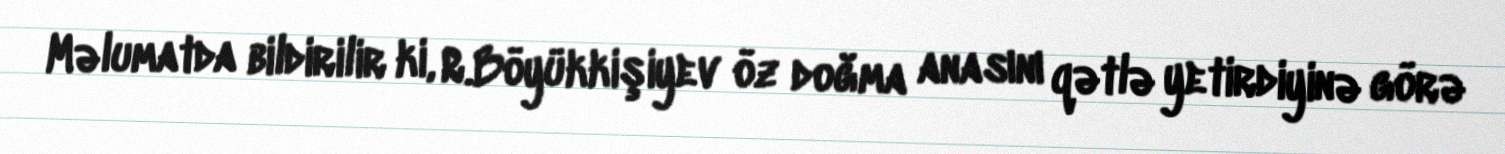
Məlumatda bildirilir ki, R.Böyükkişiyev öz doğma anasını qətlə yetirdiyinə görə